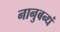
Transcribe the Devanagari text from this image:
नानुबन्धं